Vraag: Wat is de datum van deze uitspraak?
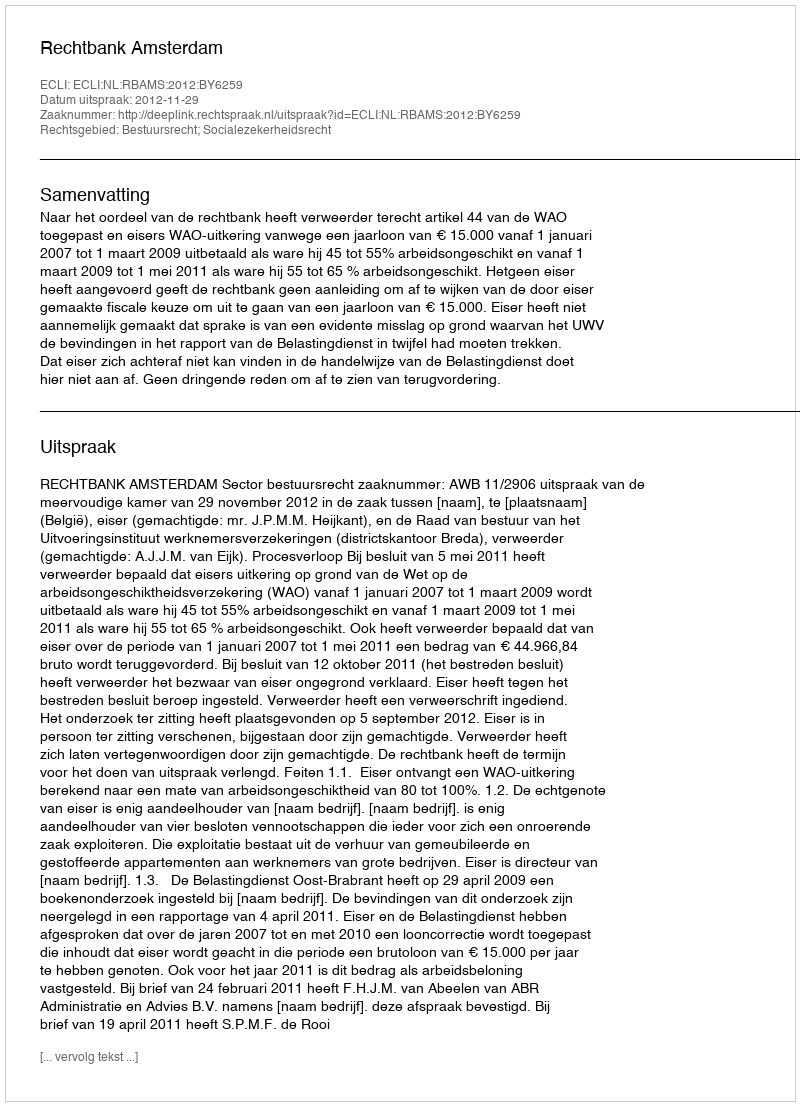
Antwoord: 2012-11-29